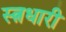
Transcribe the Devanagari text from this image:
स्त्नधारी